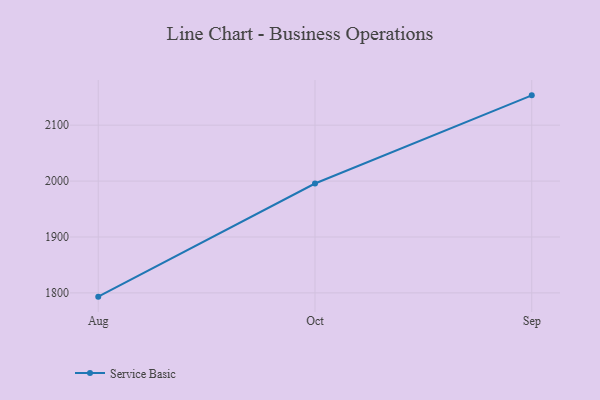
{"axis": {"x": "Month", "y": "Gross Profit (USD K)"}, "legend": ["Service Basic"], "data": [{"x": "Aug", "y": 1793.3, "type": "Service Basic"}, {"x": "Oct", "y": 1995.7, "type": "Service Basic"}, {"x": "Sep", "y": 2153.4, "type": "Service Basic"}]}